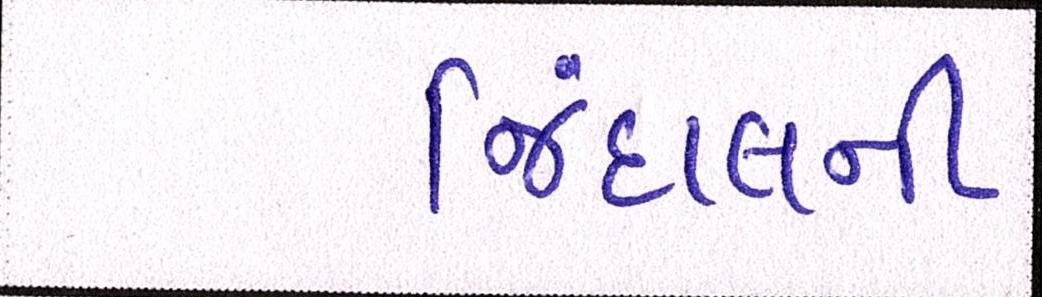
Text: જિંદાલની